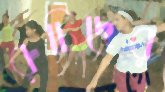
রুচিদের